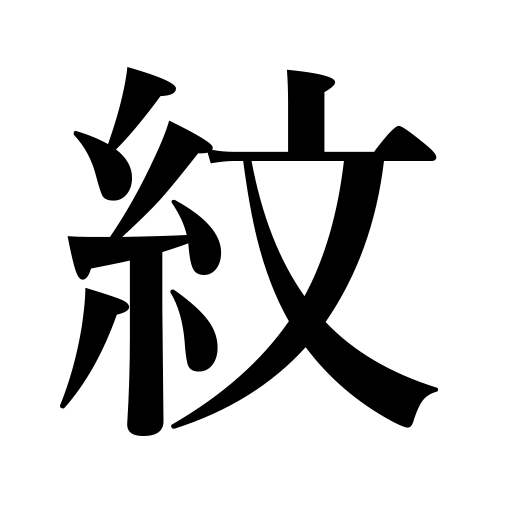
Meanings: crest,textile figures